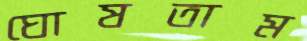
ঘোষতাম